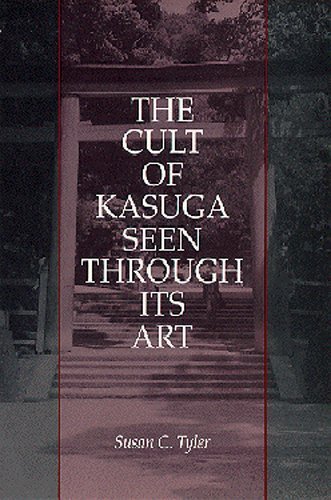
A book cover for The Cult of Kasuga Seen Through Its Art (Michigan Monograph Series in Japanese Studies); Susan C. Tyler; Religion & Spirituality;